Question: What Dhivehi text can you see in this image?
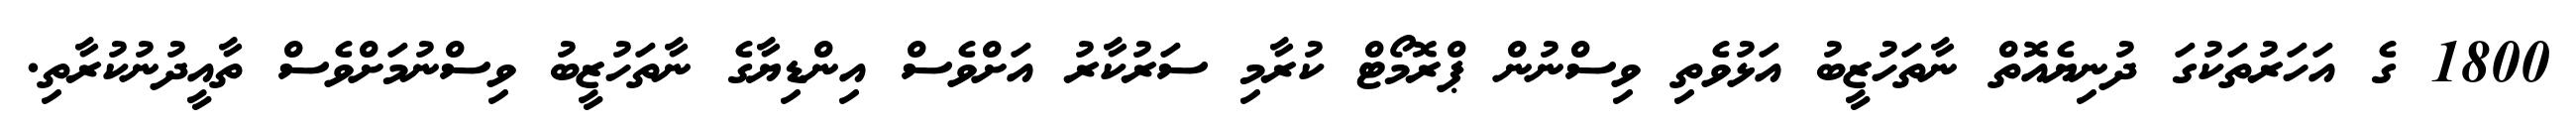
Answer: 1800 ގެ އަހަރުތަކުގަ ދުނިޔެއޮތް ނާތަހުޒީބު އަޅުވެތި ވިސްނުން ޕްރޮމޯޓް ކުރާމި ސަރުކާރު އަށްވެސް އިންޑިޔާގެ ނާތަހުޒީބު ވިސްނުމަށްވެސް ތާއީދުނުކުރާތި.